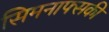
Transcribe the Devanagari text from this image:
सिमनाफ्सकी